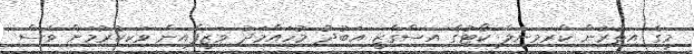
މީގެ އިތުރުން ކްރިމިނަލް ކޯޓުގެ އިސްގާޒީ އަބުދު މުހައްމަދު ވަޒީފާއިން ވަކިކުރުމަށް ވެސް